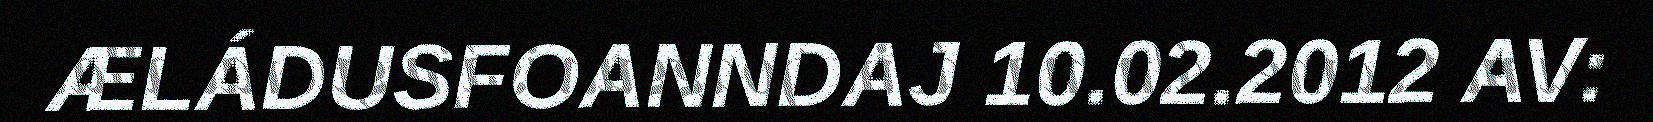
ÆLÁDUSFOANNDAJ 10.02.2012 AV: